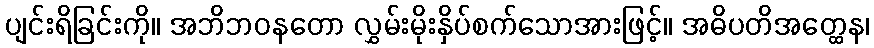
ပျင်းရိခြင်းကို။ အဘိဘဝနတော လွှမ်းမိုးနှိပ်စက်သောအားဖြင့်။ အဓိပတိအတ္ထေန၊